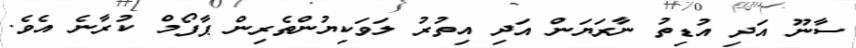
ސާނޫ އަދި އުޑިތު ނާރަޔަން އަދި އިތުރު ލަވަކިޔުންތެރިން ޕާފޯމް ކުރާނެ އެވެ.